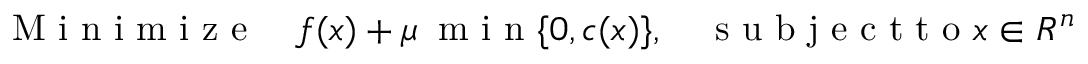
\mathrm { ~ M ~ i ~ n ~ i ~ m ~ i ~ z ~ e ~ } \quad f ( x ) + \mu \: \mathrm { ~ m ~ i ~ n ~ } \{ 0 , c ( x ) \} , \quad \mathrm { ~ s ~ u ~ b ~ j ~ e ~ c ~ t ~ t ~ o ~ } x \in R ^ { n }